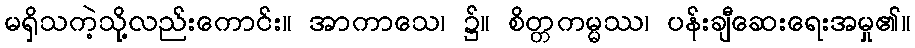
မရှိသကဲ့သို့လည်းကောင်း။ အာကာသေ၊ ၌။ စိတ္တကမ္မဿ၊ ပန်းချီဆေးရေးအမှု၏။